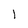
Character: 1